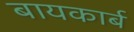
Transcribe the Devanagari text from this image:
बायकार्ब